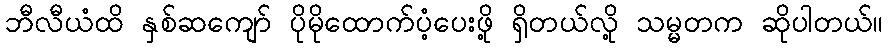
ဘီလီယံထိ နှစ်ဆကျော် ပိုမိုထောက်ပံ့ပေးဖို့ ရှိတယ်လို့ သမ္မတက ဆိုပါတယ်။